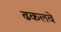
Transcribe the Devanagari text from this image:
ढकलवे